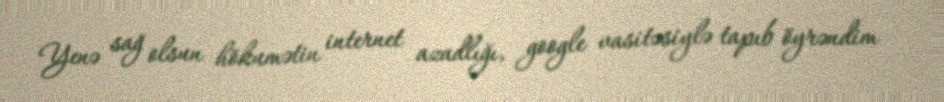
Yenə sağ olsun hökumətin internet azadlığı, google vasitəsiylə tapıb öyrəndim